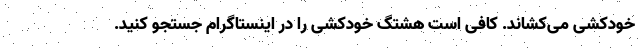
خودکشی می‌کشاند. کافی است هشتگ خودکشی را در اینستاگرام جستجو کنید.